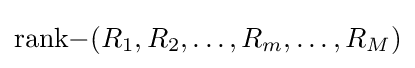
\mathrm {rank-} (R_{1},R_{2},\ldots ,R_{m},\ldots ,R_{M})